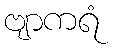
ဗျာကရံ